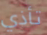
تأذي